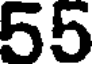
55